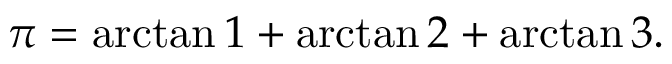
\pi = \arctan 1 + \arctan 2 + \arctan 3 .